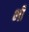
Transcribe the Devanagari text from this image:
भ्‍ाी